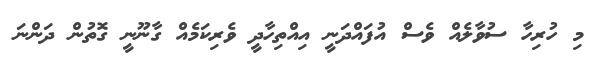
މި ހުރިހާ ސުވާލެއް ވެސް އުފައްދަނީ އިއްތިހާދީ ވެރިކަމެއް ގާނޫނީ ގޮތުން ދަންނަ